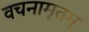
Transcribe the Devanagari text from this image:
वचनामृतम्